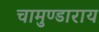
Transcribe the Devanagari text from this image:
चामुण्डाराय